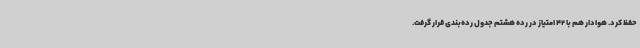
حفظ کرد. هوادار هم با 42 امتیاز در رده هشتم جدول رده‌بندی قرار گرفت.